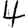
Digit: 4